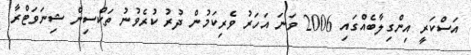
އަސްކަރީ އިންގިލާބެއްގައި 2006 ވަނަ އަހަރު ވެރިކަމުން ދުރު ކުރެވުނު ތަކްސިން ޝިނަވަޓްރާ